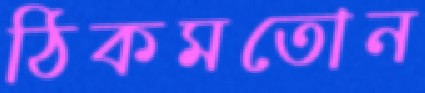
ঠিকমতোন